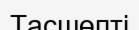
Тасшөпті